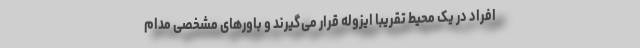
افراد در یک محیط تقریبا ایزوله قرار می‌گیرند و باورهای مشخصی مدام